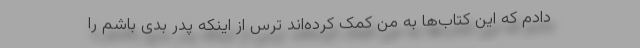
دادم که این کتاب‌ها به من کمک کرده‌اند ترس از اینکه پدر بدی باشم را